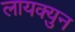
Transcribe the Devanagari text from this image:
लायक्युन